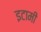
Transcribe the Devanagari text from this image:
इटामी